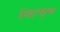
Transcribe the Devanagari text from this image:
निद्रासुख